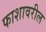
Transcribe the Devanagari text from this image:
फाशावरील